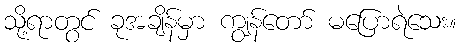
သို့ရာတွင် ခုအချိန်မှာ ကျွန်တော် မပြောရဲသေး။